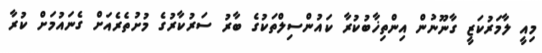
މިއީ ލާމަރުކަޒީ ގާނޫނުން އިންތިޚާބުކުރާ ކައުންސިލްތަކުގެ ބާރު ސަރުކާރުގެ މުށުތެރެއަށް ގެނައުމަށް ކުރާ